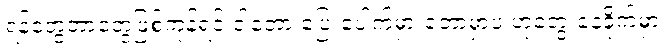
ရန်တွေဘာတွေဖြစ်ကုန်ရင် ငါတော့ ပြေးပေါက်မှားတော့မှာပဲ ဟုတွေးနေခိုက်မှာ